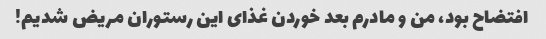
افتضاح بود، من و مادرم بعد خوردن غذای این رستوران مریض شدیم!